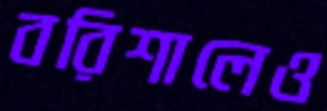
বরিশালেও